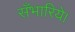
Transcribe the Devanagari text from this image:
सँभारिये।